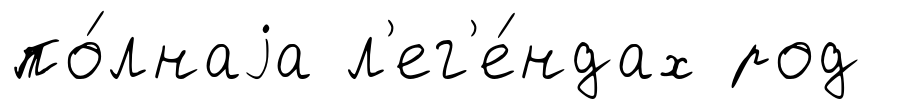
по́лнаjа л'ег'е́ндах род